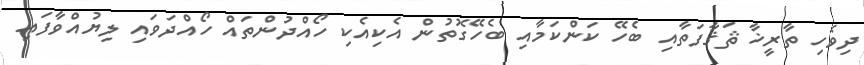
ދިވެހި ތާރީޚާ ޘަޤާފަތާއި ބެހޭ ކަންކަމާއި ބެހޭގޮތުން އެކިއެކި ހޯއްދުންތައް ހޯއްދަވައި ލިޔުއްވާފައި